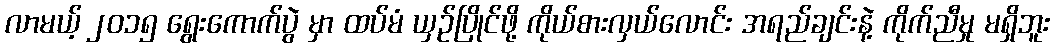
လာမယ့် ၂၀၁၅ ရွေးကောက်ပွဲ မှာ ထပ်မံ ယှဉ်ပြိုင်ဖို့ ကိုယ်စားလှယ်လောင်း အရည်ချင်းနဲ့ ကိုက်ညီမှု မရှိဘူး